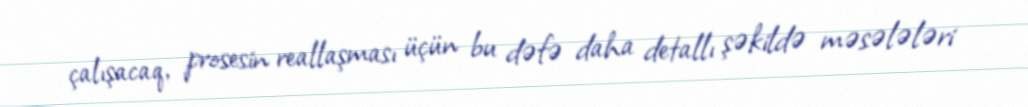
çalışacaq, prosesin reallaşması üçün bu dəfə daha detallı şəkildə məsələləri